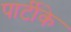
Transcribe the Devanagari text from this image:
पार्टीके